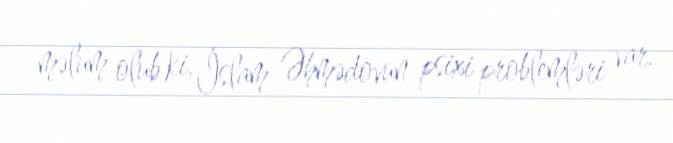
məlum olub ki, İslam Əhmədovun psixi problemləri var.